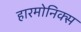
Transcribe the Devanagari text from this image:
हारमोनिक्स